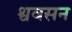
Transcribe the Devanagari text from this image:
श्ववसन